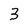
Character: 3